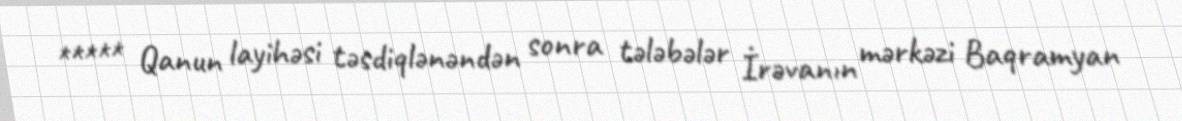
***** Qanun layihəsi təsdiqlənəndən sonra tələbələr İrəvanın mərkəzi Baqramyan